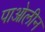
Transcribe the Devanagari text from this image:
पाओलीन